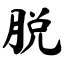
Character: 脱